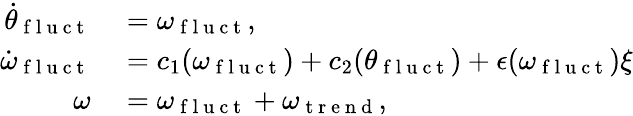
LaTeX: \begin{array}{rl}{\dot{\theta}_{\mathrm{~f~l~u~c~t~}}}&{{}=\omega_{\mathrm{~f~l~u~c~t~}},}\\ {\dot{\omega}_{\mathrm{~f~l~u~c~t~}}}&{{}=c_{1}(\omega_{\mathrm{~f~l~u~c~t~}})+c_{2}(\theta_{\mathrm{~f~l~u~c~t~}})+\epsilon(\omega_{\mathrm{~f~l~u~c~t~}})\xi}\\ {\omega}&{{}=\omega_{\mathrm{~f~l~u~c~t~}}+\omega_{\mathrm{~t~r~e~n~d~}},}\end{array}